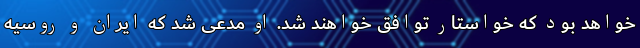
خواهد بود که خواستار توافق خواهند شد. او مدعی شد که ایران و روسیه